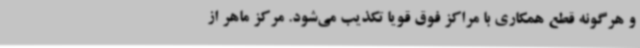
و هرگونه قطع همکاری با مراکز فوق قویا تکذیب می‌شود. مرکز ماهر از